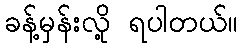
ခန့်မှန်းလို့ ရပါတယ်။